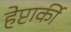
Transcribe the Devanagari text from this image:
हेप्टार्की